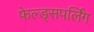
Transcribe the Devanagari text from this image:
फेल्ड्सपर्लिंग